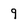
Character: 9